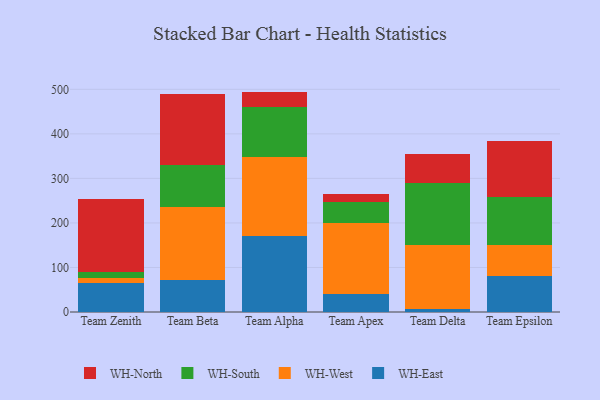
{"axis": {"x": "Team", "y": "Conversion Rate (%)"}, "legend": ["WH-East", "WH-North", "WH-South", "WH-West"], "data": [{"x": "Team Zenith", "y": 64.6, "type": "WH-East"}, {"x": "Team Zenith", "y": 11.3, "type": "WH-West"}, {"x": "Team Zenith", "y": 14.9, "type": "WH-South"}, {"x": "Team Zenith", "y": 163.6, "type": "WH-North"}, {"x": "Team Beta", "y": 71.2, "type": "WH-East"}, {"x": "Team Beta", "y": 164.8, "type": "WH-West"}, {"x": "Team Beta", "y": 93.8, "type": "WH-South"}, {"x": "Team Beta", "y": 159.1, "type": "WH-North"}, {"x": "Team Alpha", "y": 170.1, "type": "WH-East"}, {"x": "Team Alpha", "y": 178.1, "type": "WH-West"}, {"x": "Team Alpha", "y": 112.5, "type": "WH-South"}, {"x": "Team Alpha", "y": 34.2, "type": "WH-North"}, {"x": "Team Apex", "y": 41.0, "type": "WH-East"}, {"x": "Team Apex", "y": 157.8, "type": "WH-West"}, {"x": "Team Apex", "y": 48.8, "type": "WH-South"}, {"x": "Team Apex", "y": 18.3, "type": "WH-North"}, {"x": "Team Delta", "y": 6.7, "type": "WH-East"}, {"x": "Team Delta", "y": 142.7, "type": "WH-West"}, {"x": "Team Delta", "y": 139.9, "type": "WH-South"}, {"x": "Team Delta", "y": 66.6, "type": "WH-North"}, {"x": "Team Epsilon", "y": 81.8, "type": "WH-East"}, {"x": "Team Epsilon", "y": 69.3, "type": "WH-West"}, {"x": "Team Epsilon", "y": 107.8, "type": "WH-South"}, {"x": "Team Epsilon", "y": 125.7, "type": "WH-North"}]}